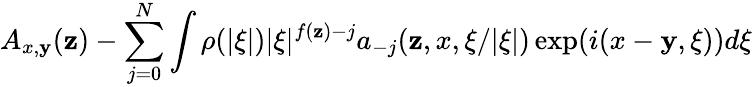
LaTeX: A_{x,\mathbf{y}}(\mathbf{z})-\sum_{j=0}^{N}\int\rho(|\xi|)|\xi|^{f(\mathbf{z})-j}a_{-j}(\mathbf{z},x,\xi/|\xi|)\exp(i(x-\mathbf{y},\xi))d\xi